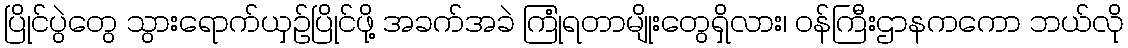
ပြိုင်ပွဲတွေ သွားရောက်ယှဉ်ပြိုင်ဖို့ အခက်အခဲ ကြုံရတာမျိုးတွေရှိလား၊ ဝန်ကြီးဌာနကကော ဘယ်လို